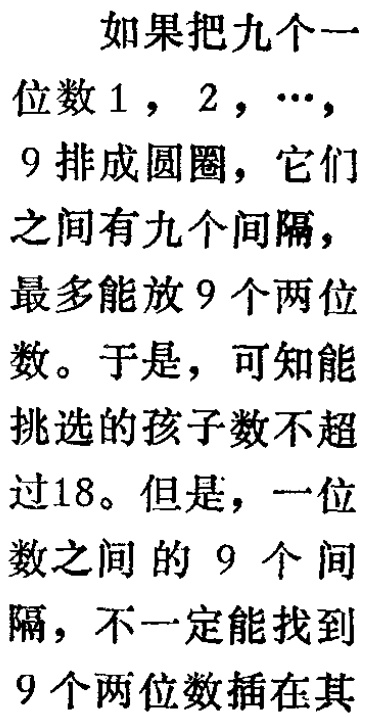
如果把九个一
位数\(1\)，\(2\)，\(\cdots\)，
\(9\)排成圆圈，它们
之间有九个间隔，
最多能放\(9\)个两位
数。于是，可知能
挑选的孩子数不超
过\(18\)。但是，一位
数之间的\(9\)个间
隔，不一定能找到
\(9\)个两位数插在其